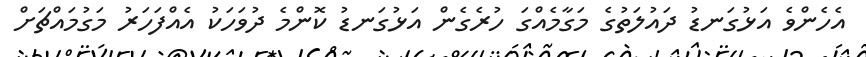
އެހެންވެ އަޅުގަނޑު ދައުލަތުގެ މަގާމެއްގަ ހުރެގެން އަޅުގަނޑު ކޮންމެ ދުވަހަކު އެއްފަހަރު މަގުމައްޗަށް